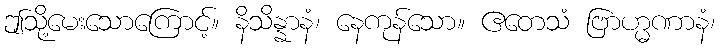
ဤသို့မေးသောကြောင့်။ နိသိန္နာနံ၊ နေကုန်သော။ ဧတေသံ ဗြာဟ္မဏာနံ၊